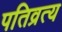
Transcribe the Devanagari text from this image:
पतिव्रत्य